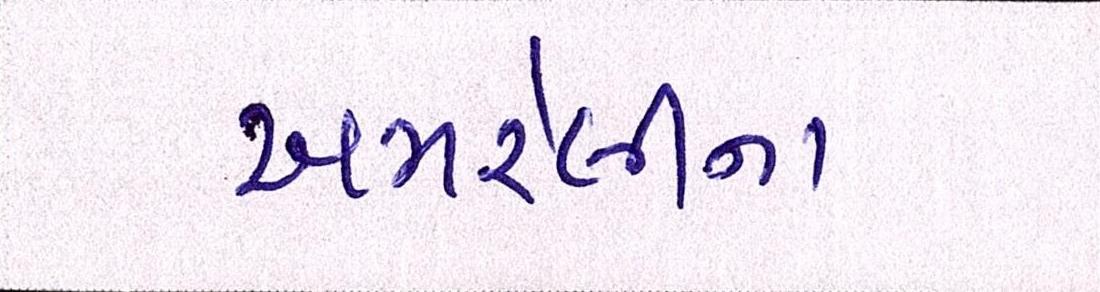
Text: અમરેલીના